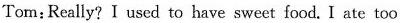
Tom:Really?I used to have sweet food. I ate too